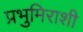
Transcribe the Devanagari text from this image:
प्रभुमिराशी